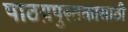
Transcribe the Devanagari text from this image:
पाठय़पुस्तकासाठी